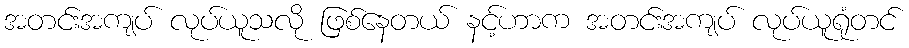
အတင်းအကျပ် လုပ်ယူသလို ဖြစ်နေတယ် နင့်ဟာက အတင်းအကျပ် လုပ်ယူရုံတင်